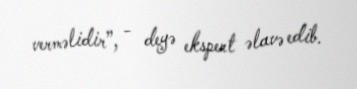
verməlidir”, - deyə ekspert əlavə edib.